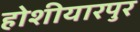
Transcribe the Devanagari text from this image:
होशीयारपुर